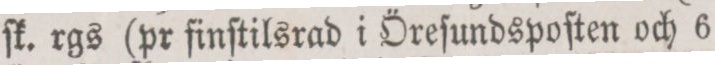
ſk. rgs (pr finſtilsrad i Öreſundspoſten och 6